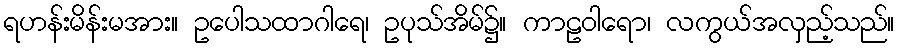
ရဟန်းမိန်းမအား။ ဥပေါသထာဂါရေ၊ ဥပုသ်အိမ်၌။ ကာဠဝါရော၊ လကွယ်အလှည့်သည်။